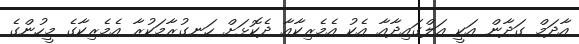
އާދަމް ގަދާން އަކީ އަލްގައިދާއާ އެކު އެމެރިކާއާ ދެކޮޅަށް ހަނގުރާމަކުރާ އެމެރިކާގެ މީހުންގެ